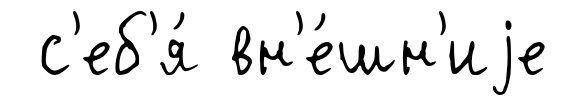
с'еб'я́ вн'е́шн'иjе